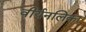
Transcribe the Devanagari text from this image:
वीर्यनलिका